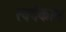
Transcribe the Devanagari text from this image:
स्वर्गकाम